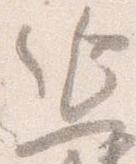
延